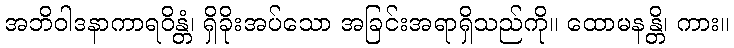
အဘိဝါဒနာကာရဝိန္တံ၊ ရှိခိုးအပ်သော အခြင်းအရာရှိသည်ကို။ ထောမနန္တိ၊ ကား။